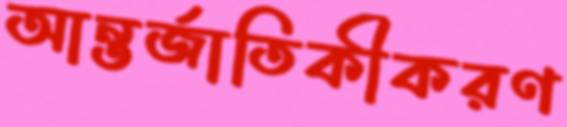
আন্তর্জাতিকীকরণ